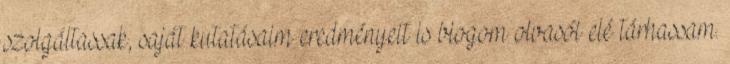
szolgáltassak, saját kutatásaim eredményeit is blogom olvasói elé tárhassam.